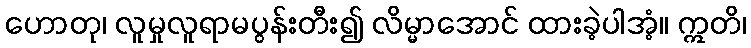
ဟောတု၊ လူမှုလူရာမပွန်းတီး၍ လိမ္မာအောင် ထားခဲ့ပါအံ့။ ဣတိ၊